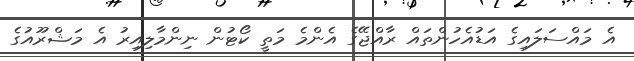
އެ މައްސަލައިގެ އަޑުއެހުންތައް ރާއްޖޭގެ އެންމެ މަތީ ކޯޓުން ނިންމާލިއިރު އެ މަޝްރޫއުގެ